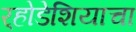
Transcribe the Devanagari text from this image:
र्‍होडेशियाचा